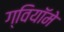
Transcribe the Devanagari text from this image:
ग्वियॉमे